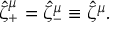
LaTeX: \hat { \zeta } _ { + } ^ { \mu } = \hat { \zeta } _ { - } ^ { \mu } \equiv \hat { \zeta } ^ { \mu } .